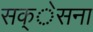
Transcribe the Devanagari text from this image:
सक्ेसना